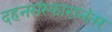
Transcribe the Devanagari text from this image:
दहनसंस्कारानंतर